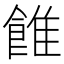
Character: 𩜑